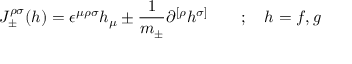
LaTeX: { J } _ { \pm } ^ { \rho \sigma } ( h ) = \epsilon ^ { \mu \rho \sigma } h _ { \mu } \pm \frac { 1 } { m _ { \pm } } \partial ^ { [ \rho } h ^ { \sigma ] } \quad \quad ; \quad h = f , g